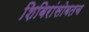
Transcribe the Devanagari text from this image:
शिबिरांसोबतच